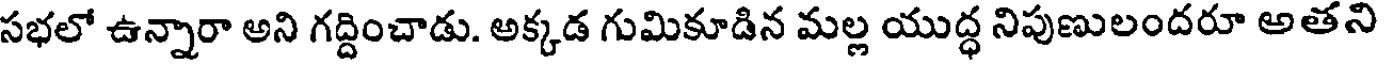
సభలో ఉన్నారా అని గద్దించాడు. అక్కడ గుమికూడిన మల్ల యుద్ధ నిపుణులందరూ అతని